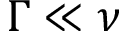
\Gamma \ll \nu